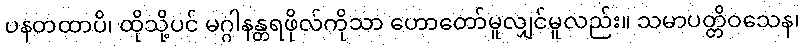
ပနတထာပိ၊ ထိုသို့ပင် မဂ္ဂါနန္တရဖိုလ်ကိုသာ ဟောတော်မူလျှင်မူလည်း။ သမာပတ္တိဝသေန၊